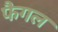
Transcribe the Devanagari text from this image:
फैगल